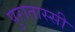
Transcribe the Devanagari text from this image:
पुरातास्सी